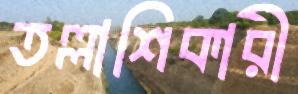
তল্লাশিকারী